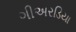
ગીઅરડિયા